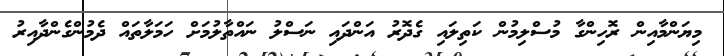
މިޔަންމާއިން ރޮހިންގާ މުސްލިމުން ކަތިލައި ގެދޮރު އަންދައި ނަސްލު ނައްތާލުމަށް ހަމަލާތައް ދެމުންގެންދާއިރު